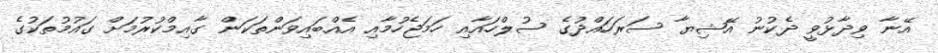
އޭނާ ވިދާޅުވީ ދެކުނު އޭޝިޔާ ސަރަހައްދުގެ ސުލްހައާއި ހަމަޖެހުމާއި އެއްބައިވަންތަކަން ގާއިމްކުރުމަށް ގައުމުތަކުގެ